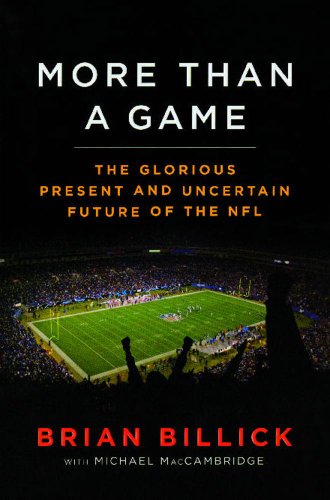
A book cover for More than a Game: The Glorious Present--and the Uncertain Future--of the NFL; Brian Billick; Sports & Outdoors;